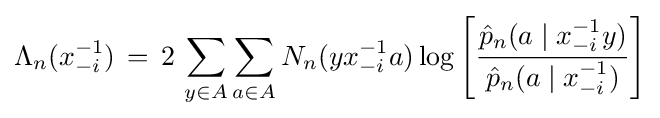
\Lambda _{n}(x_{-i}^{-1})\,=\,2\,\sum _{y\in A}\sum _{a\in A}N_{n}(yx_{-i}^{-1}a)\log \left[{\frac {{\hat {p}}_{n}(a\mid x_{-i}^{-1}y)}{{\hat {p}}_{n}(a\mid x_{-i}^{-1})}}\right]